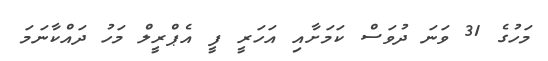
މަހުގެ 31 ވަނަ ދުވަސް ކަމަށާއި އަހަރީ ފީ އެޕްރީލް މަހު ދައްކާނަމަ